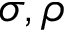
\sigma , \rho